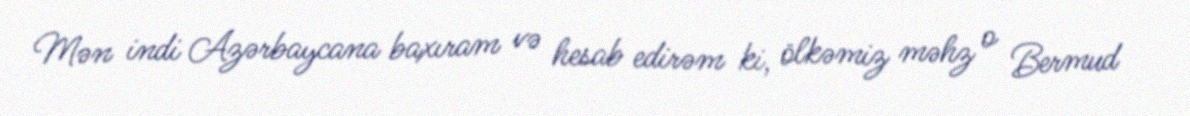
Mən indi Azərbaycana baxıram və hesab edirəm ki, ölkəmiz məhz o Bermud